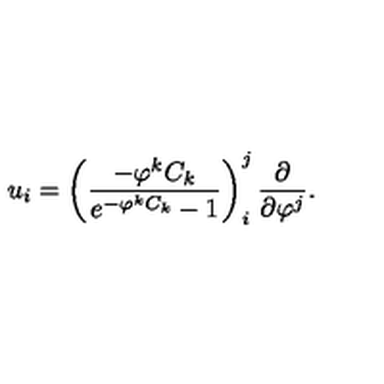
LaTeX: u _ { i } = \left( \frac { - \varphi ^ { k } C _ { k } } { e ^ { - \varphi ^ { k } C _ { k } } - 1 } \right) _ { i } ^ { j } \frac { \partial } { \partial \varphi ^ { j } } .